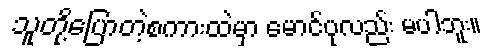
သူတို့ပြောတဲ့စကားထဲမှာ မောင်ပုလည်း မပါဘူး။